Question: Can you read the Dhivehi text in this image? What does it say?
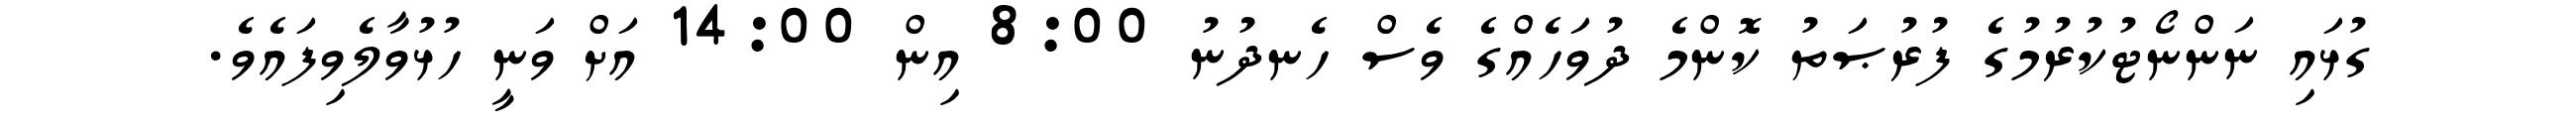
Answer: ގުޅައި ނަންނޯޓުކުރުމުގެ ފުރުޞަތު ކޮންމެ ދުވަހެއްގެ ވެސް ހެނދުނު 8:00 އިން 14:00 އަށް ވަނީ ހުޅުވާލެވިފައެވެ.